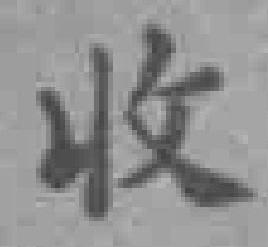
收